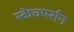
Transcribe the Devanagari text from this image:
स्केचपर्सन